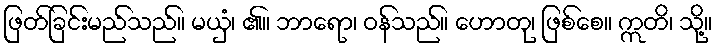
ဖြတ်ခြင်းမည်သည်။ မယှံ၊ ၏။ ဘာရော၊ ဝန်သည်။ ဟောတု၊ ဖြစ်စေ။ ဣတိ၊ သို့။